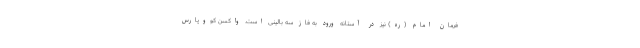
فرمان امام (ره) نیز در آستانه ورود به فاز سه بالینی است. واکسن کووپارس